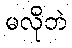
မလိုဘဲ